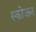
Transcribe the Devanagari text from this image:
स्कोजन